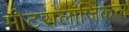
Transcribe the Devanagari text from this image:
मीटरालॉजिकल